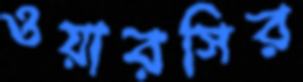
ওয়ারসির